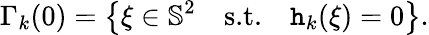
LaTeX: \Gamma_{k}(0)=\big\{ \xi\in\mathbb{S}^{2}\quad\textnormal{s.t.}\quad\mathtt{h}_{k}(\xi)=0\big\} .